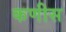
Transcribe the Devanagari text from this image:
कणीस